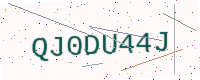
Text: QJ0DU44J